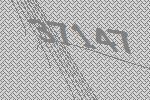
37147